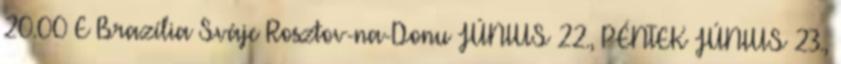
20.00 E Brazília–Svájc Rosztov-na-Donu JÚNIUS 22., PÉNTEK JÚNIUS 23.,